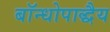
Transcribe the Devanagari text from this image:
बॉन्धोपाद्धैय